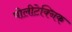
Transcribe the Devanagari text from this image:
पोलीटेक्निक